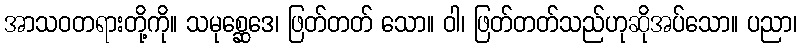
အာသဝတရားတို့ကို။ သမုစ္ဆေဒေ၊ ဖြတ်တတ် သော။ ဝါ၊ ဖြတ်တတ်သည်ဟုဆိုအပ်သော။ ပညာ၊